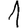
Digit: 1